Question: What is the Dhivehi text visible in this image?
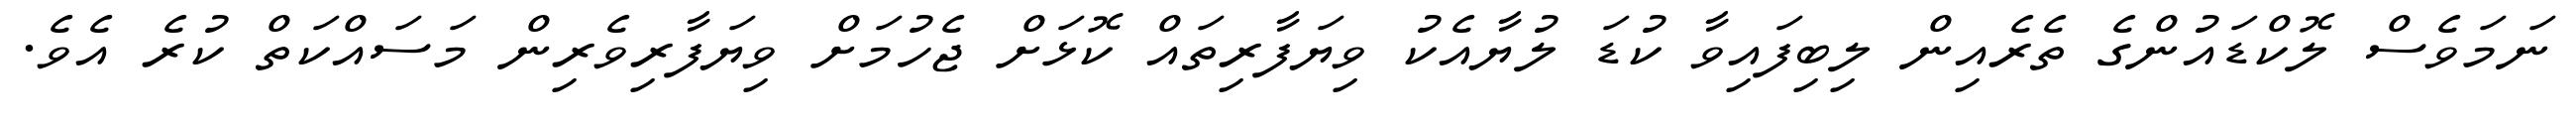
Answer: ނަމަވެސް ލޮކްޑައުންގެ ތެރެއިން ލިބިފައިވާ ކުޑަ ލުޔާއެކު ވިޔަފާރިތައް ކޮޅަށް ޖެހުމަށް ވިޔަފާރިވެރިން މަސައްކަތް ކުރެ އެވެ.